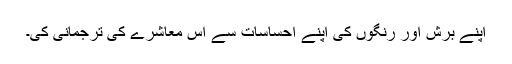
اپنے برش اور رنگوں کی اپنے احساسات سے اس معاشرے کی ترجمانی کی۔